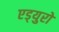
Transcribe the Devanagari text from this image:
एड्‌युरो